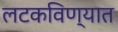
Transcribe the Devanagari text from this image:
लटकविण्यात